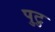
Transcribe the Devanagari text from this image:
पुटु